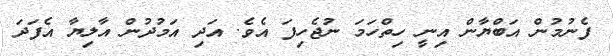
ފެނުމުން އަބްޔާން އިނީ ހިތްހަމަ ނުޖެހިފަ އެވެ. އަދި އަމުދުން އާލިޔާ އެފަދަ